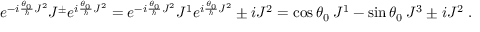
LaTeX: e ^ { - i \frac { \theta _ { 0 } } { \hbar } J ^ { 2 } } J ^ { \pm } e ^ { i \frac { \theta _ { 0 } } { \hbar } J ^ { 2 } } = e ^ { - i \frac { \theta _ { 0 } } { \hbar } J ^ { 2 } } J ^ { 1 } e ^ { i \frac { \theta _ { 0 } } { \hbar } J ^ { 2 } } \pm i J ^ { 2 } = \cos \theta _ { 0 } \: J ^ { 1 } - \sin \theta _ { 0 } \: J ^ { 3 } \pm i J ^ { 2 } \; . \nonumber